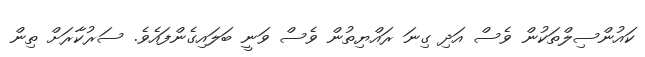
ކައުންސިލްތަކުން ވެސް އަދި ގިނަ ރައްޔިތުން ވެސް ވަނީ ބަލައިގެންފައެވެ. ސަރުކާރަށް ތިން